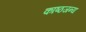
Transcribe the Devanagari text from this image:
काष्ठजन्य